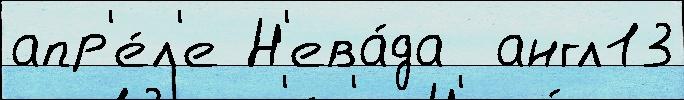
апр'е́л'е Н'ева́да  англ13